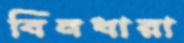
বিনধারা